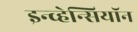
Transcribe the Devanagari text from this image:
इन्व्हेन्सियॉन